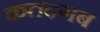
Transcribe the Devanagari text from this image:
कतदगब